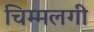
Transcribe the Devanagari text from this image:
चिम्मलगी